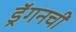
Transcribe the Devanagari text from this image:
ड्रॅगनची